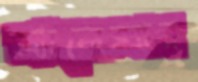
অ্যালেক্সার